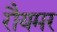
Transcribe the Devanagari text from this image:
रौयमर